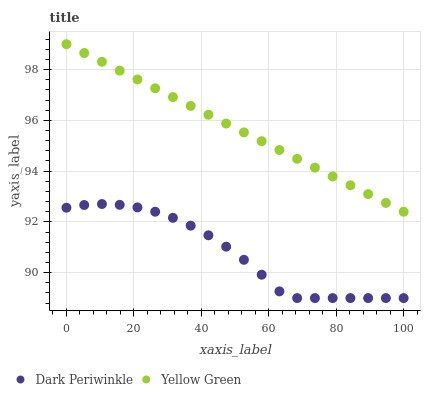
| xaxis_label | Dark Periwinkle | Yellow Green |
 | --- | --- | --- |
 | 0 | 92.6 | 99 |
 | 5.26 | 92.7 | 98.7 |
 | 10.5 | 92.7 | 98.3 |
 | 15.8 | 92.7 | 98 |
 | 21.1 | 92.6 | 97.6 |
 | 26.3 | 92.4 | 97.3 |
 | 31.6 | 92.2 | 96.9 |
 | 36.8 | 91.9 | 96.6 |
 | 42.1 | 91.5 | 96.2 |
 | 47.4 | 91 | 95.9 |
 | 52.6 | 90.5 | 95.5 |
 | 57.9 | 89.9 | 95.2 |
 | 63.2 | 89.3 | 94.8 |
 | 68.4 | 89 | 94.5 |
 | 73.7 | 89 | 94.1 |
 | 78.9 | 89 | 93.8 |
 | 84.2 | 89 | 93.4 |
 | 89.5 | 89 | 93.1 |
 | 94.7 | 89 | 92.7 |
 | 100 | 89 | 92.4 |